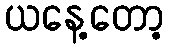
ယနေ့တော့